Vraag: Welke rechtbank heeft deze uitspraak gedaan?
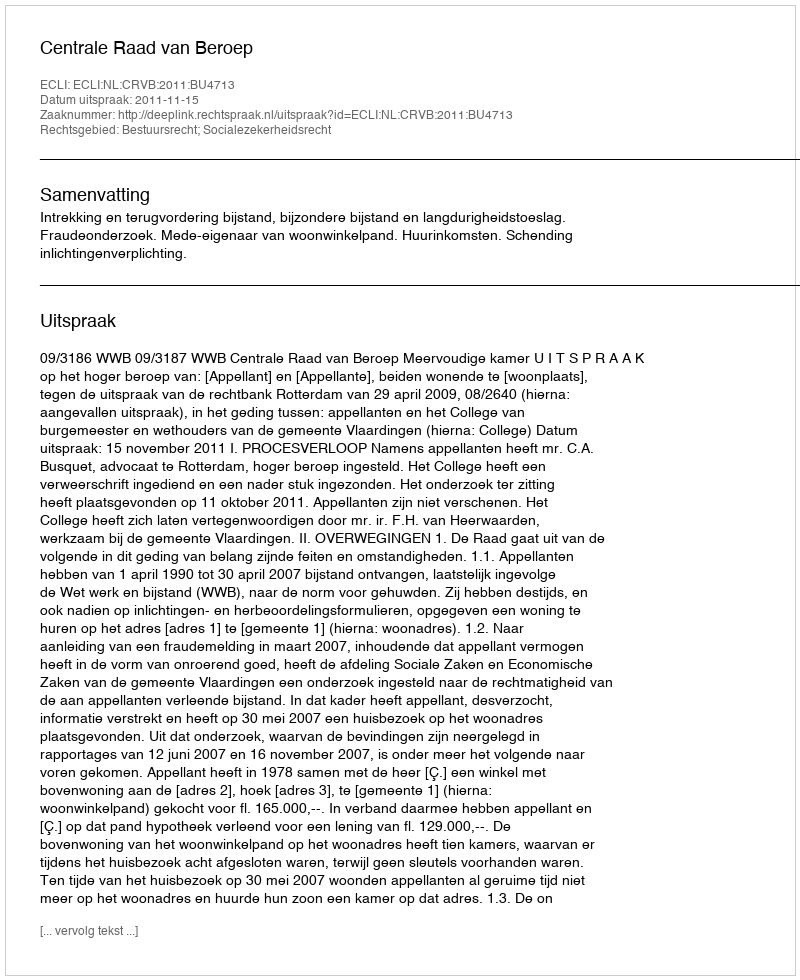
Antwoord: Centrale Raad van Beroep